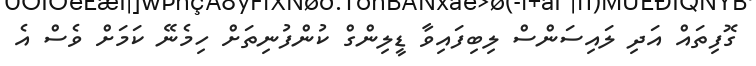
ގޮފިތައް އަދި ލައިސަންސް ލިބިފައިވާ ޑީލިންގް ކުންފުނިތަށް ހިމެނޭ ކަމަށް ވެސް އެ